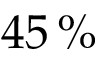
4 5 \, \%